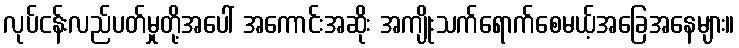
လုပ်ငန်းလည်ပတ်မှုတို့အပေါ် အကောင်းအဆိုး အကျိုးသက်ရောက်စေမယ့်အခြေအနေများ။